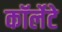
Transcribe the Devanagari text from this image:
कॉर्लेटे